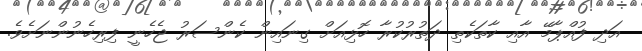
އަދި ފުއްޕާމޭ އާއި ކާތަކެތި ދަތުރުކުރާ ހޮޅިއަށް ގިނައިން ކެންސަރު ޖެހެނީ ފިރިހެނުންނަށެވެ.